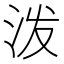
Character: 泼